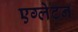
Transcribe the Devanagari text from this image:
एग्लेटन